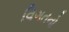
વિગતનો